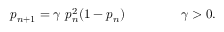
p _ { n + 1 } = \gamma ~ p _ { n } ^ { 2 } ( 1 - p _ { n } ) ~ ~ ~ ~ ~ ~ ~ ~ ~ ~ ~ ~ ~ \gamma > 0 .